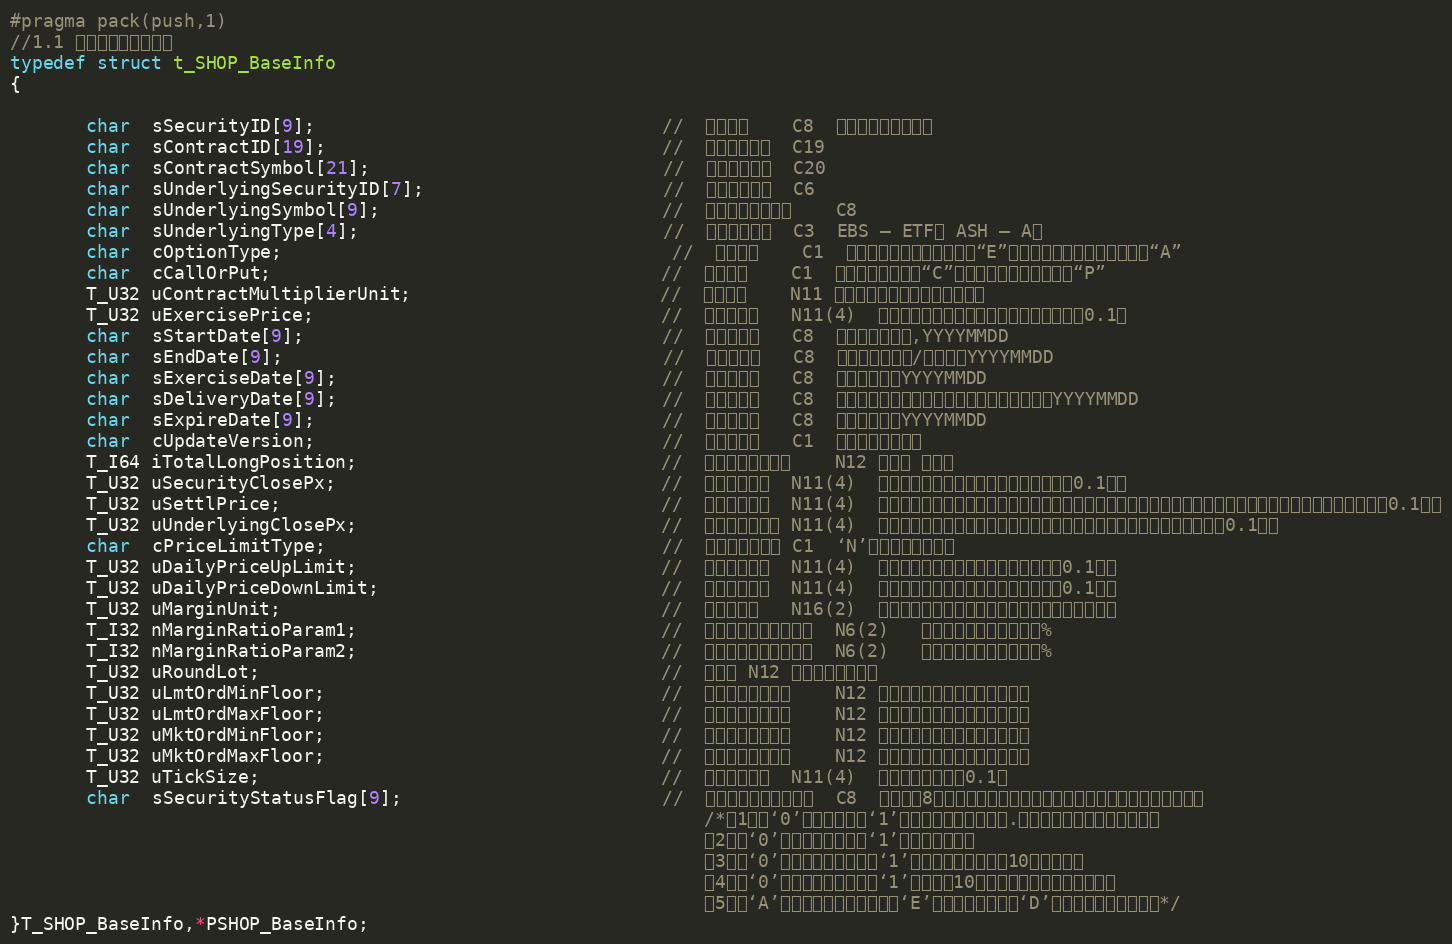
Language: C
#pragma pack(push,1)
//1.1 上交所期权基础信息
typedef struct t_SHOP_BaseInfo
{

	   char  sSecurityID[9];                                //	合约编码	C8	期权合约的合约编码
	   char  sContractID[19];                               //	合约交易代码	C19
	   char  sContractSymbol[21];                           //	期权合约简称	C20
	   char  sUnderlyingSecurityID[7];                      //	标的证券代码	C6
	   char  sUnderlyingSymbol[9];                          //	基础证券证券名称	C8
	   char  sUnderlyingType[4];                            //	标的证券类型	C3	EBS – ETF， ASH – A股
	   char  cOptionType;	                                //  欧式美式	C1	若为欧式期权，则本字段为“E”；若为美式期权，则本字段为“A”
	   char  cCallOrPut;                                    //	认购认沽	C1	认购，则本字段为“C”；若为认沽，则本字段为“P”
	   T_U32 uContractMultiplierUnit;                       //	合约单位	N11	经过除权除息调整后的合约单位
	   T_U32 uExercisePrice;	                            //  期权行权价	N11(4)	经过除权除息调整后的期权行权价，精确到0.1厘
	   char  sStartDate[9];                                 //	首个交易日	C8	期权首个交易日,YYYYMMDD
	   char  sEndDate[9];                                   //	最后交易日	C8	期权最后交易日/行权日，YYYYMMDD
	   char  sExerciseDate[9];                              //	期权行权日	C8	期权行权日，YYYYMMDD
	   char  sDeliveryDate[9];                              //	行权交割日	C8	行权交割日，默认为行权日的下一个交易日，YYYYMMDD
	   char  sExpireDate[9];	                            //  期权到期日	C8	期权到期日，YYYYMMDD
	   char  cUpdateVersion;	                            //  合约版本号	C1	期权合约的版本号
	   T_I64 iTotalLongPosition;                            //	当前合约未平仓数	N12	单位是 （张）
	   T_U32 uSecurityClosePx;                              //	合约前收盘价	N11(4)	昨日收盘价，右对齐，单位：元（精确到0.1厘）
	   T_U32 uSettlPrice;                                   //	合约前结算价	N11(4)	昨日结算价，如遇除权除息则为调整后的结算价（合约上市首日填写参考价），右对齐，单位：元（精确到0.1厘）
	   T_U32 uUnderlyingClosePx;                            //	标的证券前收盘	N11(4)	期权标的证券除权除息调整后的前收盘价格，右对齐，单位：元（精确到0.1厘）
	   char  cPriceLimitType;                               //	涨跌幅限制类型	C1	‘N’有涨跌幅限制类型
	   T_U32 uDailyPriceUpLimit;                            //	涨幅上限价格	N11(4)	当日期权涨停价格，单位：元（精确到0.1厘）
	   T_U32 uDailyPriceDownLimit;                          //	跌幅下限价格	N11(4)	当日期权跌停价格，单位：元（精确到0.1厘）
	   T_U32 uMarginUnit;                                   //	单位保证金	N16(2)	当日持有一张合约所需要的保证金数量，精确到分
	   T_I32 nMarginRatioParam1;                            //	保证金计算比例参数一	N6(2)	保证金计算参数，单位：%
	   T_I32 nMarginRatioParam2;                            //	保证金计算比例参数二	N6(2)	保证金计算参数，单位：%
	   T_U32 uRoundLot;                                     //	整手数	N12	一手对应的合约数
	   T_U32 uLmtOrdMinFloor;                               //	单笔限价申报下限	N12	单笔限价申报的申报张数下限。
	   T_U32 uLmtOrdMaxFloor;                               //	单笔限价申报上限	N12	单笔限价申报的申报张数上限。
	   T_U32 uMktOrdMinFloor;                               //	单笔市价申报下限	N12	单笔市价申报的申报张数下限。
	   T_U32 uMktOrdMaxFloor;                               //	单笔市价申报上限	N12	单笔市价申报的申报张数上限。
	   T_U32 uTickSize;                                     //  最小报价单位	N11(4)	单位：元，精确到0.1厘
	   char  sSecurityStatusFlag[9];                        //	期权合约状态信息标签	C8	该字段为8位字符串，左起每位表示特定的含义，无定义则填空格。
																/*第1位：‘0’表示可开仓，‘1’表示限制卖出开仓（不.包括备兑开仓）和买入开仓。
																第2位：‘0’表示未连续停牌，‘1’表示连续停牌。
																第3位：‘0’表示未临近到期日，‘1’表示距离到期日不足10个交易日。
																第4位：‘0’表示近期未做调整，‘1’表示最近10个交易日内合约发生过调整。
																第5位：‘A’表示当日新挂牌的合约，‘E’表示存续的合约，‘D’表示当日摘牌的合约。*/
}T_SHOP_BaseInfo,*PSHOP_BaseInfo;